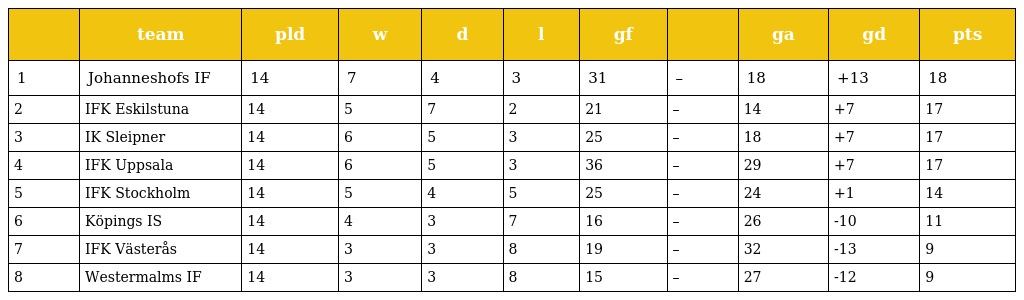
|  | team | pld | w | d | l | gf |  | ga | gd | pts |
 | --- | --- | --- | --- | --- | --- | --- | --- | --- | --- | --- |
 | 1 | Johanneshofs IF | 14 | 7 | 4 | 3 | 31 | – | 18 | +13 | 18 |
 | 2 | IFK Eskilstuna | 14 | 5 | 7 | 2 | 21 | – | 14 | +7 | 17 |
 | 3 | IK Sleipner | 14 | 6 | 5 | 3 | 25 | – | 18 | +7 | 17 |
 | 4 | IFK Uppsala | 14 | 6 | 5 | 3 | 36 | – | 29 | +7 | 17 |
 | 5 | IFK Stockholm | 14 | 5 | 4 | 5 | 25 | – | 24 | +1 | 14 |
 | 6 | Köpings IS | 14 | 4 | 3 | 7 | 16 | – | 26 | -10 | 11 |
 | 7 | IFK Västerås | 14 | 3 | 3 | 8 | 19 | – | 32 | -13 | 9 |
 | 8 | Westermalms IF | 14 | 3 | 3 | 8 | 15 | – | 27 | -12 | 9 |